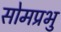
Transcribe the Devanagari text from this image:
सोमप्रभु